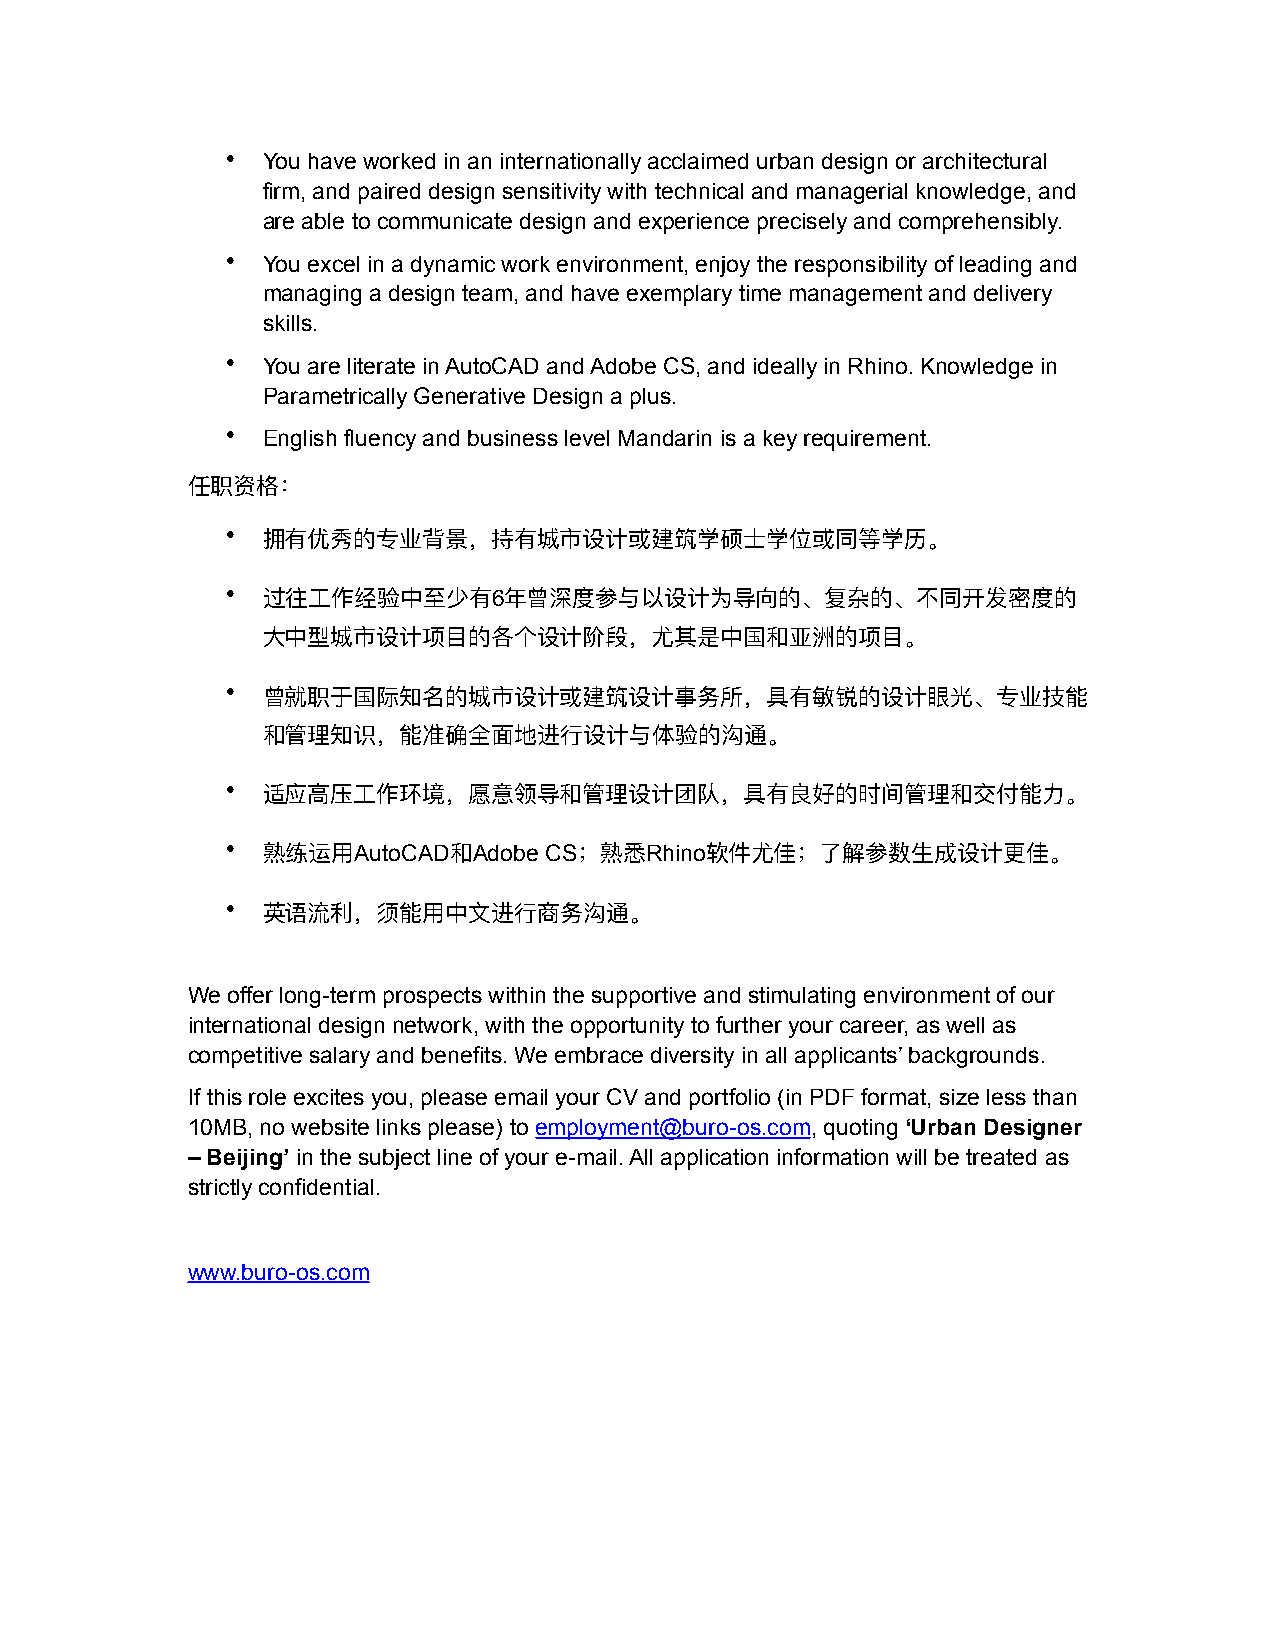
• You have worked in an internationally acclaimed urban design or architectural
 firm, and paired design sensitivity with technical and managerial knowledge, and
 are able to communicate design and experience precisely and comprehensibly.
 • You excel in a dynamic work environment, enjoy the responsibility of leading and
 managing a design team, and have exemplary time management and delivery
 skills.
 • You are literate in AutoCAD and Adobe CS, and ideally in Rhino. Knowledge in
 Parametrically Generative Design a plus.
 • English fluency and business level Mandarin is a key requirement.
 任职资格：
 • 拥有优秀的专业背景，持有城市设计或建筑学硕⼠士学位或同等学历。
 • 过往⼯工作经验中⾄至少有6年年曾深度参与以设计为导向的、复杂的、不不同开发密度的
 ⼤大中型城市设计项⽬目的各个设计阶段，尤其是中国和亚洲的项⽬目。
 • 曾就职于国际知名的城市设计或建筑设计事务所，具有敏敏锐的设计眼光、专业技能
 和管理理知识，能准确全⾯面地进⾏行行设计与体验的沟通。
 • 适应⾼高压⼯工作环境，愿意领导和管理理设计团队，具有良好的时间管理理和交付能⼒力力。
 • 熟练运⽤用AutoCAD和Adobe CS；熟悉Rhino软件尤佳；了了解参数⽣生成设计更更佳。
 • 英语流利利，须能⽤用中⽂文进⾏行行商务沟通。
 We offer long-term prospects within the supportive and stimulating environment of our
 international design network, with the opportunity to further your career, as well as
 competitive salary and benefits. We embrace diversity in all applicants’ backgrounds.
 If this role excites you, please email your CV and portfolio (in PDF format, size less than
 10MB, no website links please) to employment@buro-os.com, quoting ‘Urban Designer
 – Beijing’ in the subject line of your e-mail. All application information will be treated as
 strictly confidential.
 www.buro-os.com